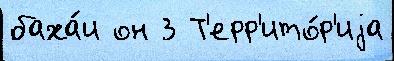
баха́и он 3 Т'ерр'ито́р'иjа